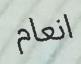
انعام